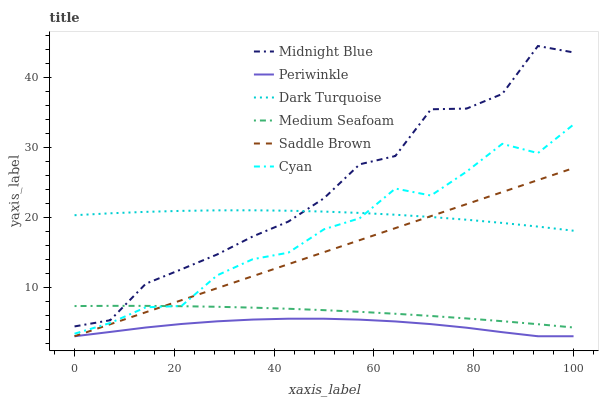
| xaxis_label | Midnight Blue | Periwinkle | Dark Turquoise | Medium Seafoam | Saddle Brown | Cyan |
 | --- | --- | --- | --- | --- | --- | --- |
 | 0 | 4.4 | 3 | 20.3 | 7.31 | 3 | 3.36 |
 | 7.14 | 5.29 | 3.62 | 20.6 | 7.35 | 4.72 | 4.89 |
 | 14.3 | 10.5 | 4.25 | 20.8 | 7.34 | 6.43 | 7.14 |
 | 21.4 | 12.6 | 4.75 | 20.9 | 7.3 | 8.15 | 7.33 |
 | 28.6 | 14.7 | 5.13 | 21 | 7.21 | 9.87 | 11.7 |
 | 35.7 | 17.3 | 5.38 | 21 | 7.09 | 11.6 | 14 |
 | 42.9 | 19.4 | 5.51 | 20.9 | 6.93 | 13.3 | 14.9 |
 | 50 | 22.7 | 5.51 | 20.8 | 6.73 | 15 | 18.3 |
 | 57.1 | 27.6 | 5.37 | 20.6 | 6.49 | 16.7 | 19.9 |
 | 64.3 | 28.8 | 5.12 | 20.4 | 6.21 | 18.5 | 24.1 |
 | 71.4 | 35.4 | 4.73 | 20 | 5.9 | 20.2 | 23.1 |
 | 78.6 | 35.5 | 4.22 | 19.7 | 5.54 | 21.9 | 26.5 |
 | 85.7 | 37.6 | 3.58 | 19.2 | 5.15 | 23.6 | 30.5 |
 | 92.9 | 44.5 | 3 | 18.7 | 4.72 | 25.3 | 29.2 |
 | 100 | 43.6 | 3 | 18.1 | 4.25 | 27 | 33.3 |